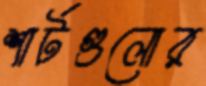
শার্টগুলোর